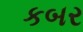
કબર